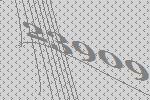
23909